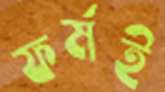
ফর্মই